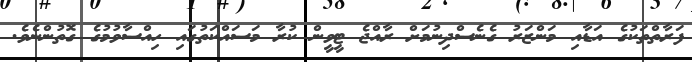
ފަރާތްތަކުގެ އަޑާއި މަންޒަރު ގެނެސްދިނުމަށް ރާއްޖެ ޓީވީން ކުރާ މަސައްކަތުގައި ހިއްސާވުމުގެ ގޮތުންނެވެ.